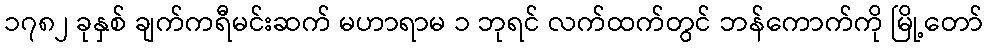
၁၇၈၂ ခုနှစ် ချက်ကရီမင်းဆက် မဟာရာမ ၁ ဘုရင် လက်ထက်တွင် ဘန်ကောက်ကို မြို့တော်